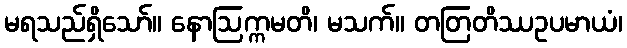
မရသည်ရှိသော်။ နောဩက္ကမတိ၊ မသက်။ တတြတိဿဥပမာယံ၊